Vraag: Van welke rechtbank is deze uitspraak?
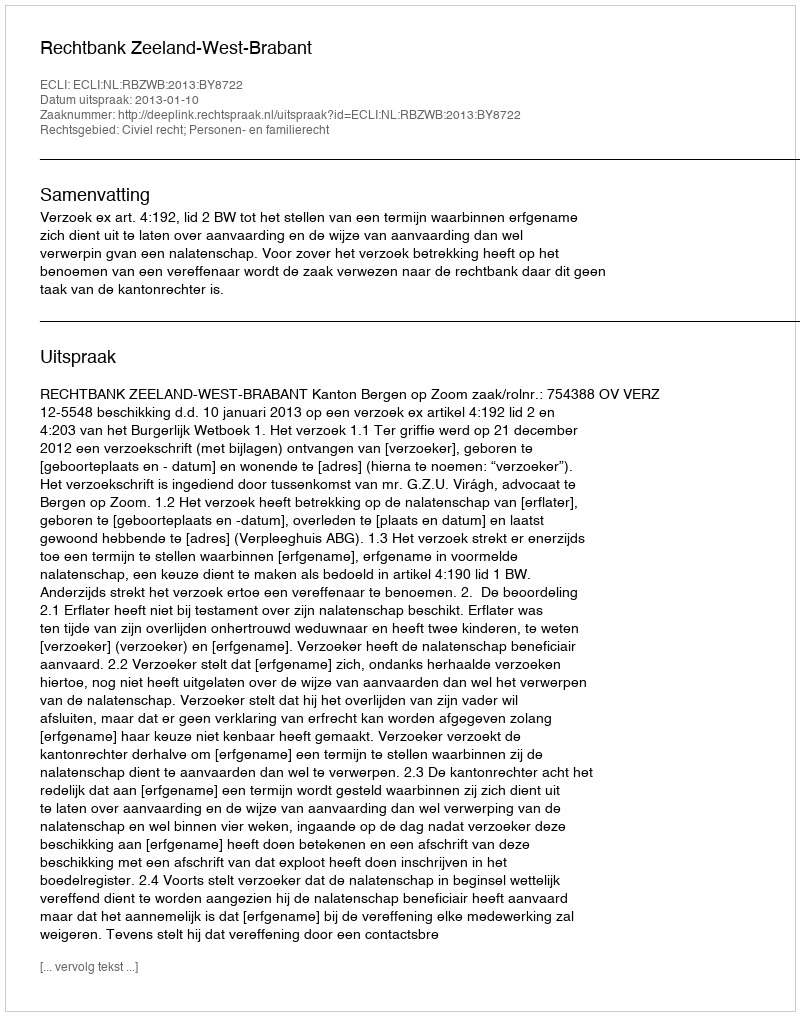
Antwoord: Rechtbank Zeeland-West-Brabant